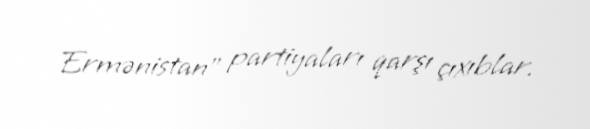
Ermənistan” partiyaları qarşı çıxıblar.